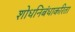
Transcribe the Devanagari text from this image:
शोधनिबंधाकरिता